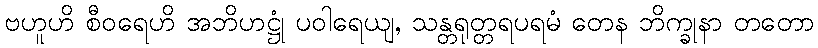
ဗဟူဟိ စီဝရေဟိ အဘိဟဋ္ဌုံ ပဝါရေယျ, သန္တရုတ္တရပရမံ တေန ဘိက္ခုနာ တတော